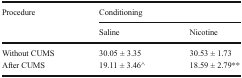
<table><thead><tr><td rowspan="2"><b>Procedure</b></td><td colspan="2"><b>Conditioning</b></td></tr><tr><td><b>Saline</b></td><td><b>Nicotine</b></td></tr></thead><tbody><tr><td>Without CUMS</td><td>30.05 ± 3.35</td><td>30.53 ± 1.73</td></tr><tr><td>After CUMS</td><td>19.11 ± 3.46^</td><td>18.59 ± 2.79**</td></tr></tbody></table>